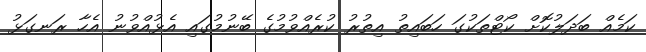
ކަމެއް ބަދަލުކޮށް ކޯޓްތަކުގަ ހަބައިތު އިތުރު ކުރެއްވުމުގެ ބޭނުމުގައި އެޅުއްވުނު އެހާ ރަނގަޅު